Annual administration report of the Bombay Presidency - 1887-1892
Year: 1887
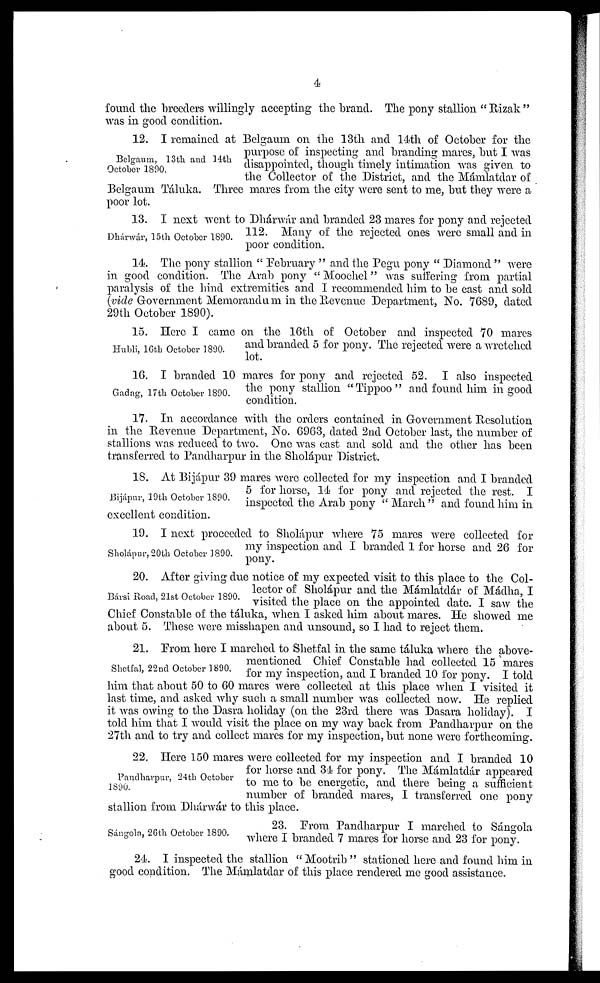
4
found the breeders willingly accepting the brand. The pony stallion "Rizak"
was in good condition.
Belgaum, 13th and 14th
October 1890.
12. I remained at Belgaum on the 13th and 14th of October for the
purpose of inspecting and branding mares, but I was
disappointed, though timely intimation was given to
the Collector of the District, and the Mámlatdar of
Belgaum Táluka. Three mares from the city were sent to me, but they were a
poor lot.
Dhárwár, 15th October 1890.
13. I next went to Dhárwár and branded 23 mares for pony and rejected
112. Many of the rejected ones were small and in
poor condition.
14. The pony stallion "February" and the Pegu pony "Diamond" were
in good condition. The Arab pony "Moochel" was suffering from partial
paralysis of the hind extremities and I recommended him to be cast and sold
(vide Government Memorandum in the Revenue Department, No. 7689, dated
29th October 1890).
Hubli, 16th October 1890.
15. Here I came on the 16th of October and inspected 70 mares
and branded 5 for pony. The rejected were a wretched
lot.
Gadag, 17th October 1890.
16. I branded 10 mares for pony and rejected 52. I also inspected
the pony stallion "Tippoo" and found him in good
condition.
17. In accordance with the orders contained in Government Resolution
in the Revenue Department, No. 6963, dated 2nd October last, the number of
stallions was reduced to two. One was cast and sold and the other has been
transferred to Pandharpur in the Sholápur District.
Bijápur, 19th October 1890.
18, At Bijápur 39 mares were collected for my inspection and I branded
5 for horse, 14 for pony and rejected the rest. I
inspected the Arab pony "March" and found him in
excellent condition.
Sholápur, 20th October 1890.
19. I next proceeded to Sholápur where 75 mares were collected for
my inspection and I branded 1 for horse and 26 for
pony.
Bársi Road, 21st October 1890.
20. After giving due notice of my expected visit to this place to the Col-
lector of Sholápur and the Mámlatdár of Mádha, I
visited the place on the appointed date. I saw the
Chief Constable of the táluka, when I asked him about mares. He showed me
about 5. These were misshapen and unsound, so I had to reject them.
Shetfal, 22nd October 1890.
21. From here I marched to Shetfal in the same táluka where the above-
mentioned Chief Constable had collected 15 mares
for my inspection, and I branded 10 for pony. I told
him that about 50 to 60 mares were collected at this place when I visited it
last time, and asked why such a small number was collected now. He replied
it was owing to the Dasra holiday (on the 23rd there was Dasara holiday). I
told him that I would visit the place on my way back from Pandharpur on the
27th and to try and collect mares for my inspection, but none were forthcoming.
Pandharpur, 24th October
1890.
22. Here 150 mares were collected for my inspection and I branded 10
for horse and 34 for pony. The Mémlatdár appeared
to me to be energetic, and there being a sufficient
number of branded mares, I transferred one pony
stallion from Dhárwár to this place.
Sángola, 26th October 1890.
23. From Pandharpur I marched to Sángola
where I branded 7 mares for horse and 23 for pony.
24. I inspected the stallion "Mootrib" stationed here and found him in
good condition. The Mámlatdar of this place rendered me good assistance.